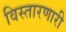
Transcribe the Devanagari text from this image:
विस्तारणारी